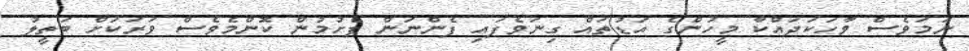
ނަމަވެސް ވާހަކަދައްކާ މީހުންގެ އަޑުތައް ގިނަވެފައި ފެންނަން ފެށުމުން ކޮންމެވެސް ވަރަކަށް ބަތީލު